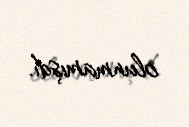
olunmamışdı.